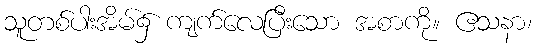
သူတစ်ပါးအိမ်၌ ကျက်လေပြီးသော အစာကို။ ဧသနာ၊